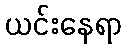
ယင်းနေရာ